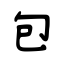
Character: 包